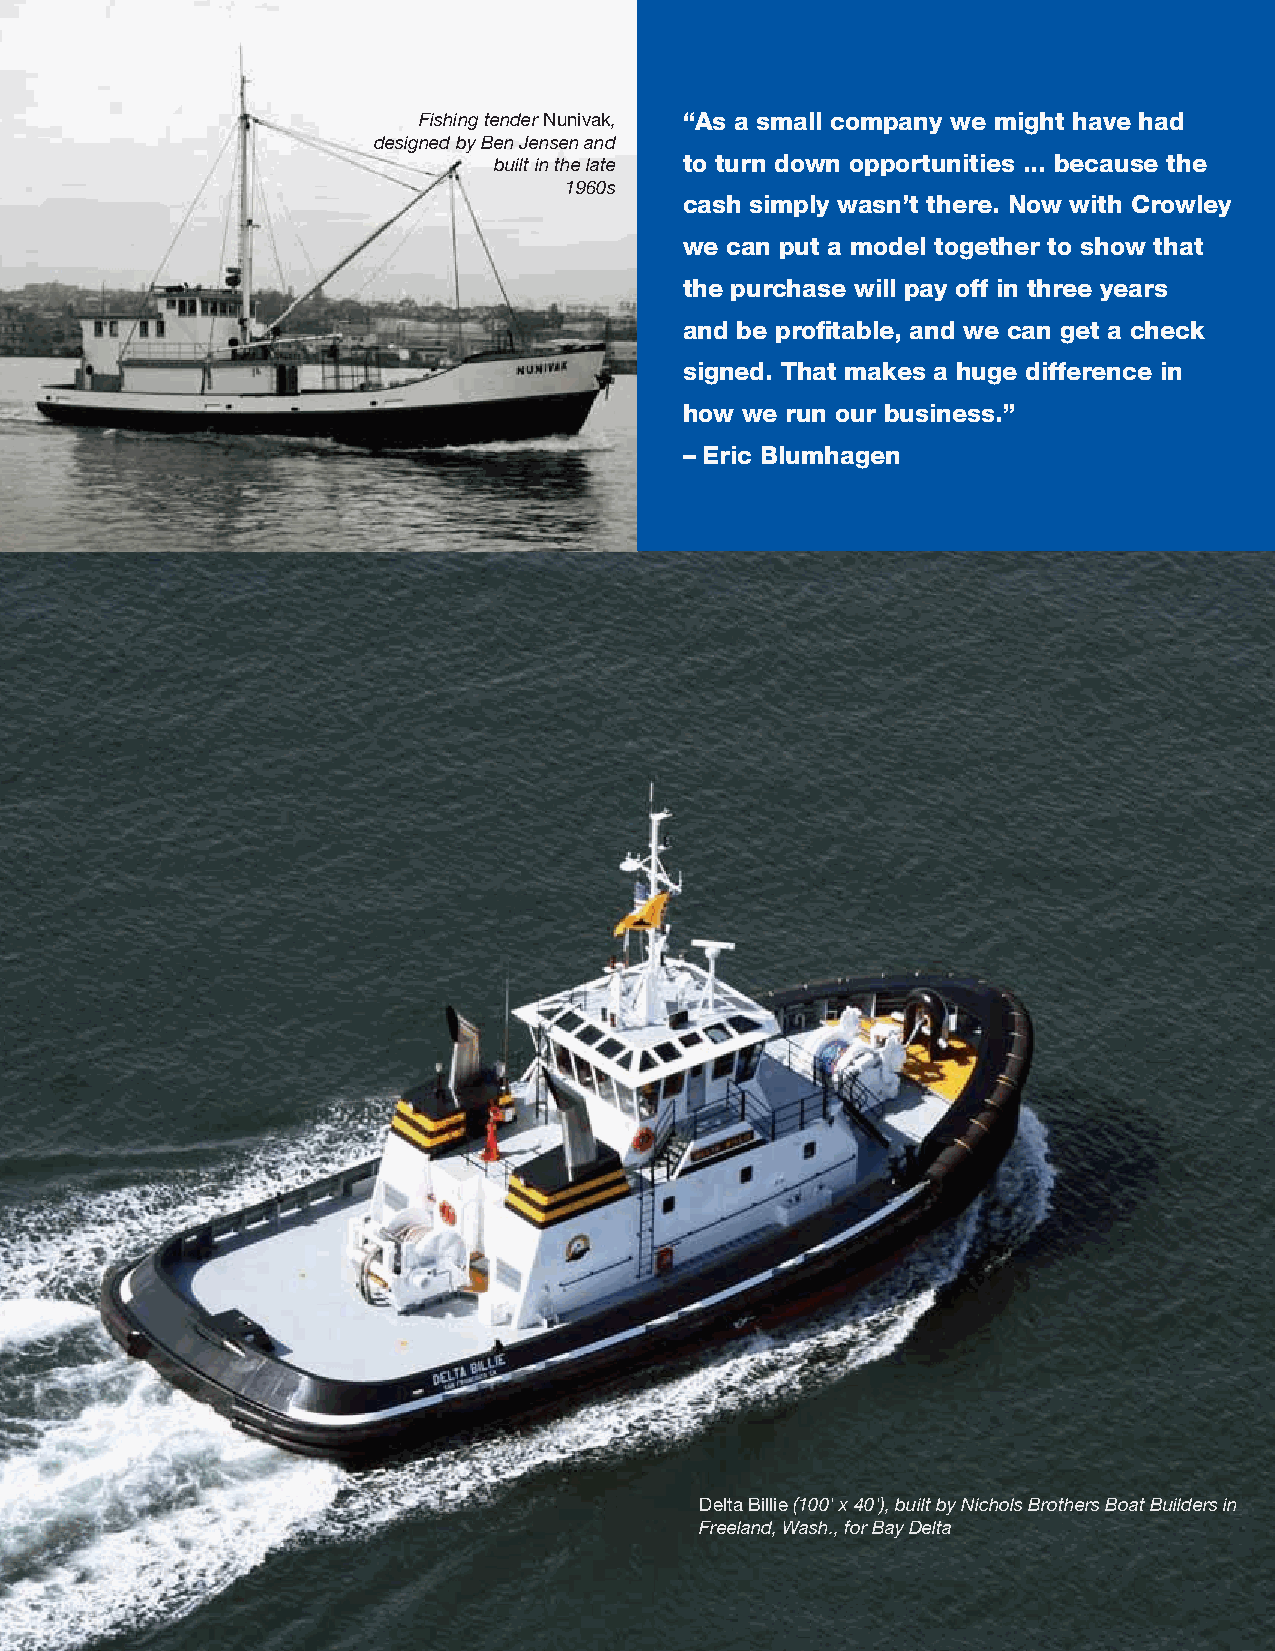
Fishing tender Nunivak, “As a small company we might have had
 designed by Ben Jensen and
 built in the late to turn down opportunities ... because the
 1960s
 cash simply wasn’t there. Now with Crowley
 we can put a model together to show that
 the purchase will pay off in three years
 and be profi table, and we can get a check
 signed. That makes a huge difference in
 how we run our business.”
 – Eric Blumhagen
 Delta Billie (100' x 40'), built by Nichols Brothers Boat Builders in
 Freeland, Wash., for Bay Delta